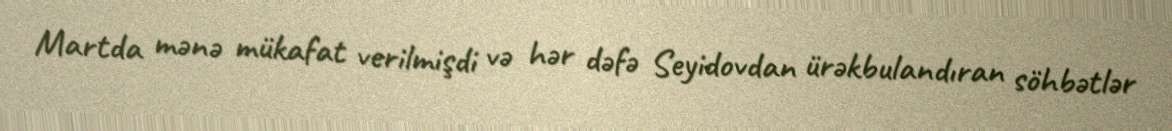
Martda mənə mükafat verilmişdi və hər dəfə Seyidovdan ürəkbulandıran söhbətlər